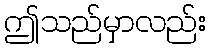
ဤသည်မှာလည်း